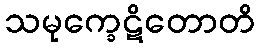
သမုက္ခေဋိတောတိ